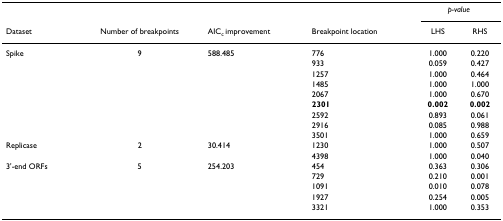
<table><thead><tr><td></td><td></td><td></td><td></td><td colspan="2"><b><i>p-value</i></b></td></tr><tr><td><b>Dataset</b></td><td><b>Number of breakpoints</b></td><td><b>AIC<sub>c </sub>improvement</b></td><td><b>Breakpoint location</b></td><td><b>LHS</b></td><td><b>RHS</b></td></tr></thead><tbody><tr><td>Spike</td><td>9</td><td>588.485</td><td>776</td><td>1.000</td><td>0.220</td></tr><tr><td></td><td></td><td></td><td>933</td><td>0.059</td><td>0.427</td></tr><tr><td></td><td></td><td></td><td>1257</td><td>1.000</td><td>0.464</td></tr><tr><td></td><td></td><td></td><td>1485</td><td>1.000</td><td>1.000</td></tr><tr><td></td><td></td><td></td><td>2067</td><td>1.000</td><td>0.670</td></tr><tr><td></td><td></td><td></td><td><b>2301</b></td><td><b>0.002</b></td><td><b>0.002</b></td></tr><tr><td></td><td></td><td></td><td>2592</td><td>0.893</td><td>0.061</td></tr><tr><td></td><td></td><td></td><td>2916</td><td>0.085</td><td>0.988</td></tr><tr><td></td><td></td><td></td><td>3501</td><td>1.000</td><td>0.659</td></tr><tr><td>Replicase</td><td>2</td><td>30.414</td><td>1230</td><td>1.000</td><td>0.507</td></tr><tr><td></td><td></td><td></td><td>4398</td><td>1.000</td><td>0.040</td></tr><tr><td>3&#x27;-end ORFs</td><td>5</td><td>254.203</td><td>454</td><td>0.363</td><td>0.306</td></tr><tr><td></td><td></td><td></td><td>729</td><td>0.210</td><td>0.001</td></tr><tr><td></td><td></td><td></td><td>1091</td><td>0.010</td><td>0.078</td></tr><tr><td></td><td></td><td></td><td>1927</td><td>0.254</td><td>0.005</td></tr><tr><td></td><td></td><td></td><td>3321</td><td>1.000</td><td>0.353</td></tr></tbody></table>